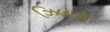
ઝિલાઈ